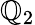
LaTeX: \mathbb{Q}_{2}